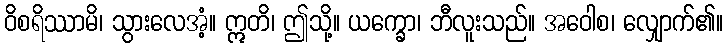
ဝိစရိဿာမိ၊ သွားလေအံ့။ ဣတိ၊ ဤသို့။ ယက္ခော၊ ဘီလူးသည်။ အဝေါစ၊ လျှောက်၏။